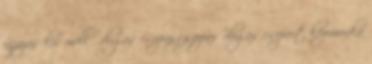
ujjazás kis mellű dugás csupasz szopás dugás csoport kézimunka